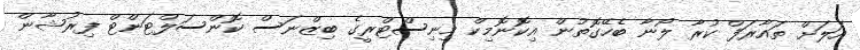
އަލަށް ތައާރަފް ކުރާ ލޯނާ ބެހޭގޮތުން އިކޮނޮމިކް މިނިސްޓްރީގެ ބިޒްނަސް ކޮންސަލްޓަންޓް ފިރުޝާން